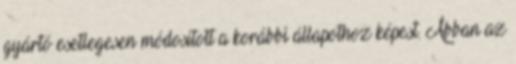
gyártó esetlegesen módosított a korábbi állapothoz képest. Abban az